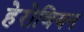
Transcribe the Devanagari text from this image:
हेरोवियन